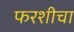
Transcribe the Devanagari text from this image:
फरशीचा